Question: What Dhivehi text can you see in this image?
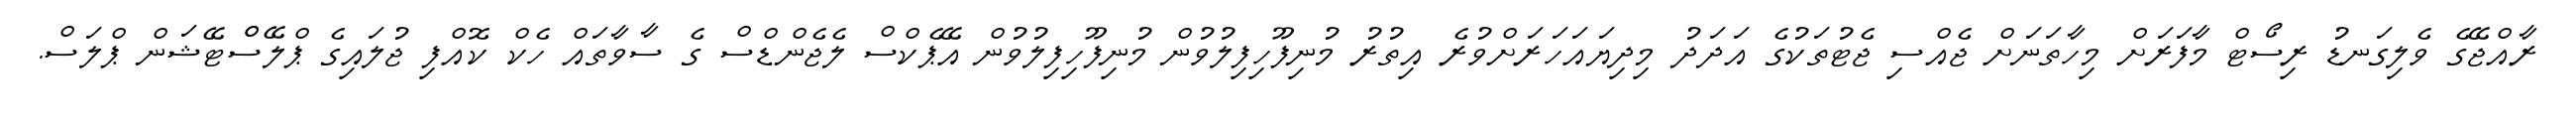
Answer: ރާއްޖޭގެ ވެލިގަނޑު ރިސޯޓް މާފަރަށް މިހާތަނަށް ޖެއްސި ޖެޓުތަކުގެ އަދަދު މިދިޔައަހަރަށްވުރެ އިތުރު މުނިފޫހިފިލުވުން މުނިފޫހިފިލުވުން އޭޕެކްސް ލެޖެންޑްސް ގެ ސާވާތައް ހެކް ކޮއްފި ޖުލައިގެ ޕްލޭސްްޓޭޝަން ޕްލަސް.